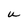
Character: u